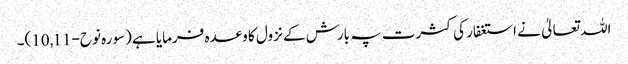
اللہ تعالیٰ نے استغفار کی کثرت پہ بارش کے نزول کا وعدہ فرمایا ہے (سورہ نوح-10,11)۔